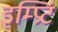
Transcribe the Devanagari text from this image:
इम्‍प्रिंट